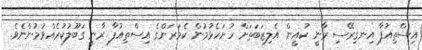
އިސްތިއުފާ އިނގިރޭސި ރާނީ ކުއީން އެލިޒަބަތަށް ހުށަހެޅުމުން ކެމަރަންގެ އިސްތިއުފާ ރާނީ ގަބޫލުކުރެއްވުމުންނެވެ.